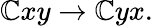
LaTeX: \mathbb{C}xy\rightarrow\mathbb{C}yx.